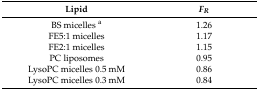
| Lipid | FR |
 | --- | --- |
 | BS micelles a | 1.26 |
 | FE5:1 micelles | 1.17 |
 | FE2:1 micelles | 1.15 |
 | PC liposomes | 0.95 |
 | LysoPC micelles 0.5 mM | 0.86 |
 | LysoPC micelles 0.3 mM | 0.84 |